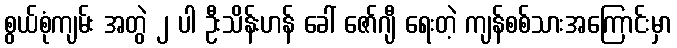
စွယ်စုံကျမ်း အတွဲ ၂ ပါ ဦးသိန်းဟန် ခေါ် ဇော်ဂျီ ရေးတဲ့ ကျန်စစ်သားအကြောင်းမှာ